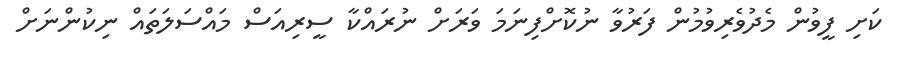
ކަށި ފީވުން މެދުވެރިވުމުން ފަރުވާ ނުކޮށްފިނަމަ ވަރަށް ނުރައްކާ ސީރިއަސް މައްސަލަތައް ނިކުންނަށް